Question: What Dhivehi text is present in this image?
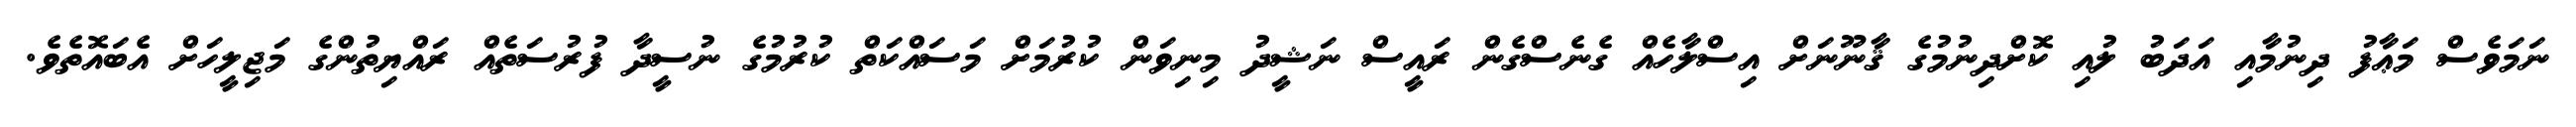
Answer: ނަމަވެސް މަޢާފު ދިނުމާއި އަދަބު ލުއި ކޮށްދިނުމުގެ ޤާނޫނަށް އިސްލާހެއް ގެނެސްގެން ރައީސް ނަޝީދު މިނިވަން ކުރުމަށް މަސައްކަތް ކުރުމުގެ ނުސީދާ ފުރުސަތެއް ރައްޔިތުންގެ މަޖިލީހަށް އެބައޮތެވެ.